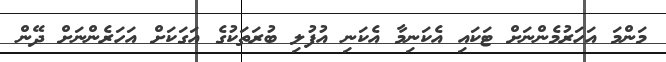
މަންމަ އަހަރުމެންނަށް ޓަކައި އެކަނިމާ އެކަނި އުފުލި ބުރަތަކުގެ އަގަކަށް އަހަރެންނަށް ދޭން